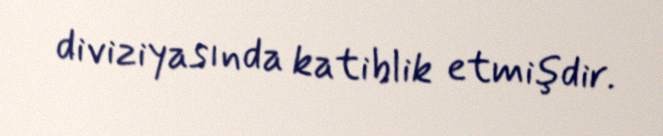
diviziyasında katiblik etmişdir.